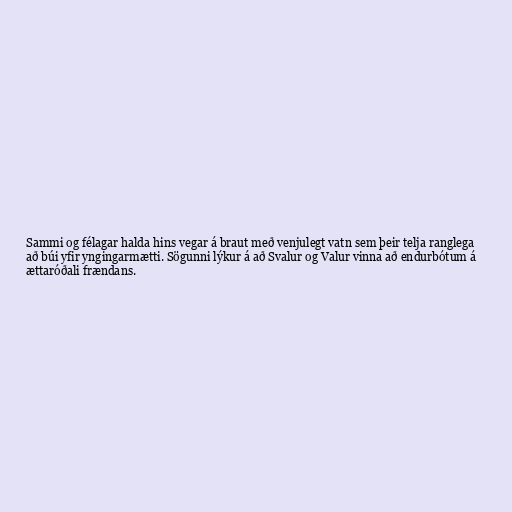
Sammi og félagar halda hins vegar á braut með venjulegt vatn sem þeir telja ranglega
að búi yfir yngingarmætti. Sögunni lýkur á að Svalur og Valur vinna að endurbótum á
ættaróðali frændans.